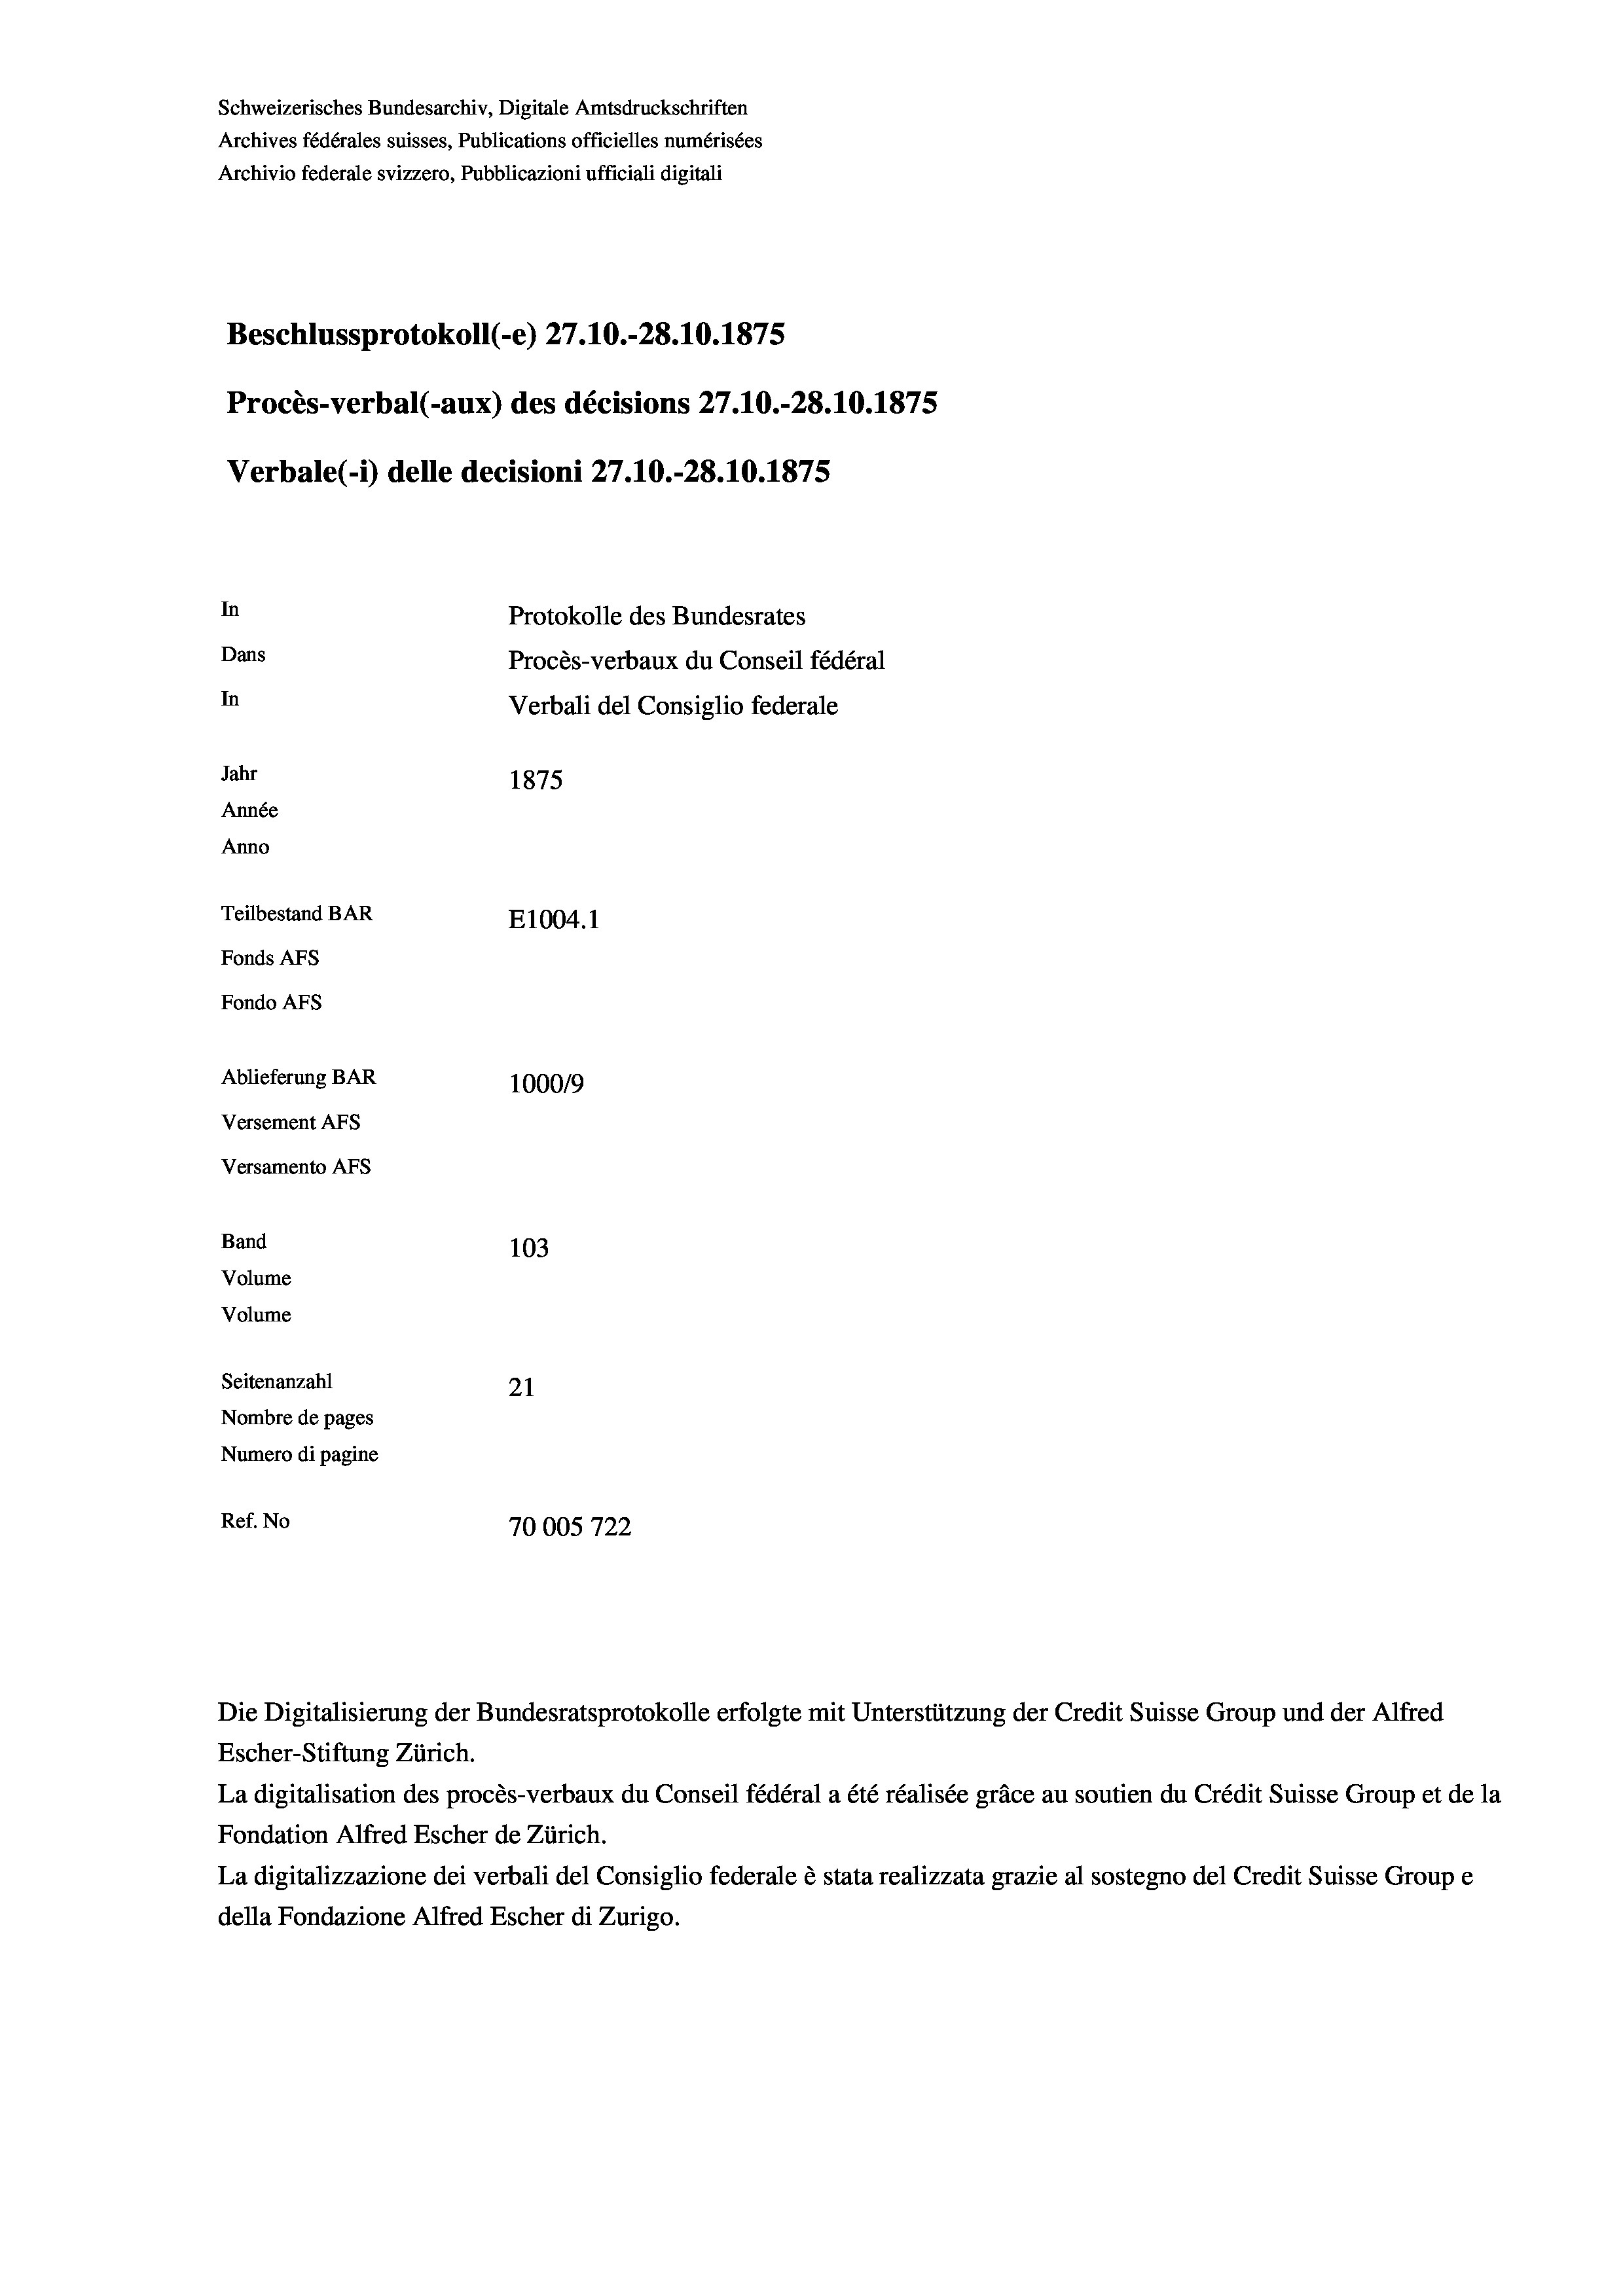
In
Protokolle des Bundesrates
Dans
Procès-verbaux du Conseil fédéral
In
Verbali del Consiglio federale
Jahr
1875
Année
Anno
Teilbestand BAR
E1004.1
Fonds Afs
Fondo AFS

Ablieferung BAR
Versement AFs
Versamento Afs
Band
Volume
Volume
Seitenanzahl

Schweizerisches Bundesarchiv, Digitale Amtsdruckschriften
Archives fédérales suisses, Publications officielles numérisées
Archivio federale svizzero, Pubblicazioni ufficiali digitali

Beschlussprotokoll (-e) 27.10.-28.10.1875

Procès-verbal (-aux) des décisions 27.10.-28.10.1875
Verbale(*) delle decisioni 27.10.-28.10.1875

100019
103
21
Nombre de pages
Numero di pagine
Ref. No
70005722

Die Digitalisierung der Bundesratsprotokolle erfolgte mit Unterstützung der Credit Suisse Group und der Alfred
Escher-Stiftung Zürich.
La digitalisation des procès-verbaux du Conseil fédéral a été réalisée gräce au soutien du Crédit Suisse Group et de la
Fondation Alfred Escher de Zürich.
La digitalizzazione dei verbali del Consiglio federale è stata realizzata grazie al sostegno del Credit Suisse Groupe
della Fondazione Alfred Escher di Zurigo.